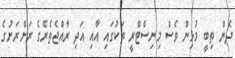
ދެން ތިބީ މުޅިން ވެސް މިނިސްޓްރީ ތަކުގައި އާއި އަދި ރާއްޖެތެރޭގެ ރަށްރަށުގެ